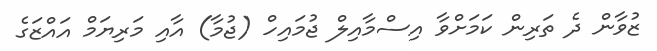
ޒުވާން ދެ ތަރިން ކަމަށްވާ އިސްމާއިލް ޖުމައިހް (ޖުމާ) އާއި މަރިޔަމް އައްޒަގެ